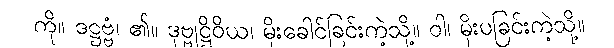
ကို။ ဒဋ္ဌဗ္ဗံ၊ ၏။ ဒုဗ္ဗုဋ္ဌိဝိယ၊ မိုးခေါင်ခြင်းကဲ့သို့။ ဝါ၊ မိုးပခြင်းကဲ့သို့။